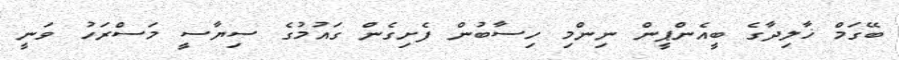
ބޭގަމް ޚާލިދާގެ ބީއެންޕީން ނިންމި ހިސާބުން ފެށިގެން ގައުމުގެ ސިޔާސީ މަސްރަހު ވަނީ